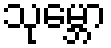
သုမ္ဘော